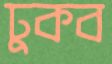
ঢুকব